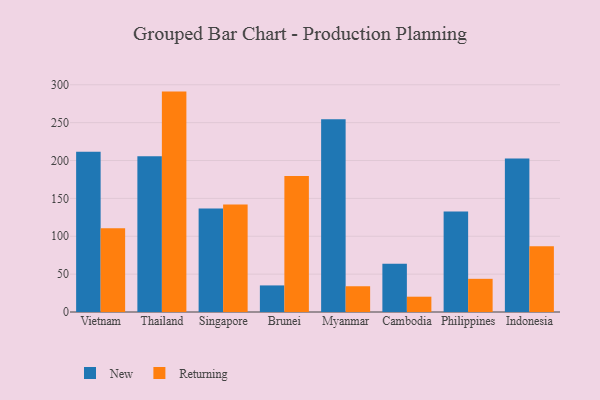
{"axis": {"x": "Country", "y": "Net Income (USD K)"}, "legend": ["New", "Returning"], "data": [{"x": "Vietnam", "y": 211.6, "type": "New"}, {"x": "Vietnam", "y": 110.7, "type": "Returning"}, {"x": "Thailand", "y": 205.5, "type": "New"}, {"x": "Thailand", "y": 291.0, "type": "Returning"}, {"x": "Singapore", "y": 136.6, "type": "New"}, {"x": "Singapore", "y": 141.9, "type": "Returning"}, {"x": "Brunei", "y": 35.1, "type": "New"}, {"x": "Brunei", "y": 179.4, "type": "Returning"}, {"x": "Myanmar", "y": 254.4, "type": "New"}, {"x": "Myanmar", "y": 34.0, "type": "Returning"}, {"x": "Cambodia", "y": 63.7, "type": "New"}, {"x": "Cambodia", "y": 20.2, "type": "Returning"}, {"x": "Philippines", "y": 132.7, "type": "New"}, {"x": "Philippines", "y": 43.8, "type": "Returning"}, {"x": "Indonesia", "y": 202.6, "type": "New"}, {"x": "Indonesia", "y": 86.8, "type": "Returning"}]}